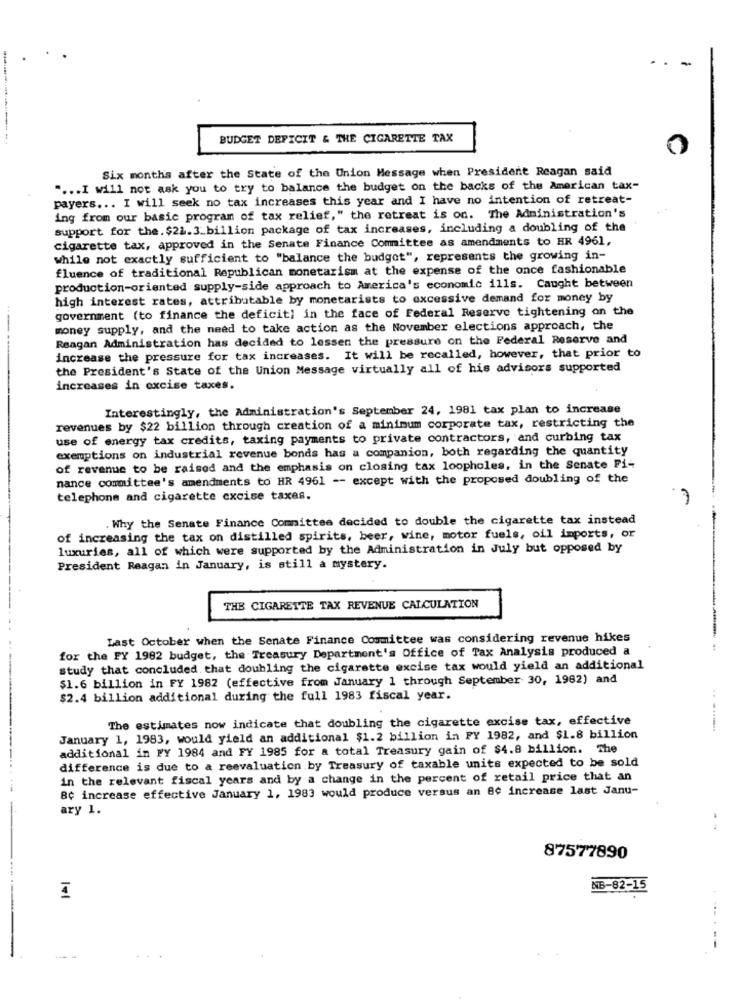
.
. .
-
BUDGET DEFICIT & THE CIGARETTE TAX
Six months after the State of the Union Message when President Reagan said
" ... I will not ask you to try to balance the budget on the backs of the American tax-
payers ... I will seek no tax increases this year and I have no intention of retreat-
ing from our basic program of tax relief," the retreat is on. The Administration's
support for the. $22.3_billion package of tax increases, including a doubling of the
cigarette tax, approved in the Senate Finance Committee as amendments to HR 4961,
while not exactly sufficient to "balance the budget", represents the growing in-
fluence of traditional Republican monetarism at the expense of the once fashionable
production-oriented supply-side approach to America's economic ills. Caught between
high interest rates, attributable by monetarists to excessive demand for money by
government (to finance the deficit] in the face of Federal Reserve tightening on the
money supply, and the need to take action as the November elections approach, the
Reagan Administration has decided to lessen the pressure on the Federal Reserve and
increase the pressure for tax increases. It will be recalled, however, that prior to
the President's State of the Union Message virtually all of his advisors supported
increases in excise taxes.
Interestingly, the Administration's September 24, 1981 tax plan to increase
revenues by $22 billion through creation of a minimum corporate tax, restricting the
use of energy tax credits, taxing payments to private contractors, and curbing tax
exemptions on industrial revenue bonds has a companion, both regarding the quantity
of revenue to be raised and the emphasis on closing tax loopholes, in the Senate Fi-
nance committee's amendments to HR 4961 -- except with the proposed doubling of the
telephone and cigarette excise taxes.
Why the Senate Finance Committee decided to double the cigarette tax instead
of increasing the tax on distilled spirits, beer, wine, motor fuels, oil imports, or
luxuries, all of which were supported by the Administration in July but opposed by
President Reagan in January, is still a mystery.
THE CIGARETTE TAX REVENUE CALCULATION
Last October when the Senate Finance Committee was considering revenue hikes
for the PY 1982 budget, the Treasury Department's Office of Tax Analysis produced a
study that concluded that doubling the cigarette excise tax would yield an additional
$1.6 billion in FY 1982 (effective from January 1 through September 30, 1982) and
$2.4 billion additional during the full 1983 fiscal year.
The estimates now indicate that doubling the cigarette excise tax, effective
January 1, 1983, would yield an additional $1.2 billion in FY 1982, and $1.8 billion
additional in PY 1984 and FY 1985 for a total Treasury gain of $4.8 billion. The
--..
difference is due to a reevaluation by Treasury of taxable units expected to be sold
in the relevant fiscal years and by a change in the percent of retail price that an
8¢ increase effective January 1, 1983 would produce versus an 8¢ increase last Janu-
---
ary 1.
87577890
NB-82-15
I
-